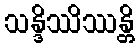
သန္ဒိဿိဿန္တိ